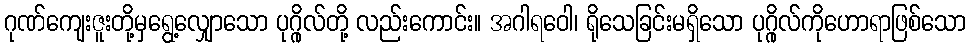
ဂုဏ်ကျေးဇူးတို့မှရွေ့လျှောသော ပုဂ္ဂိုလ်တို့ လည်းကောင်း။ အဂါရဝေါ၊ ရိုသေခြင်းမရှိသော ပုဂ္ဂိုလ်ကိုဟောရာဖြစ်သော